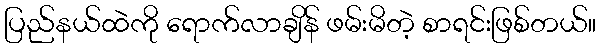
ပြည်နယ်ထဲကို ရောက်လာချိန် ဖမ်းမိတဲ့ စာရင်းဖြစ်တယ်။